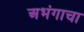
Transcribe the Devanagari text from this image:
अभंगाचा